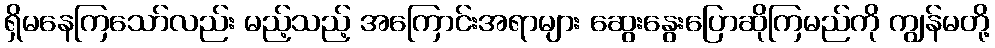
ရှိမနေကြသော်လည်း မည့်သည့် အကြောင်းအရာများ ဆွေးနွေးပြောဆိုကြမည်ကို ကျွန်မတို့